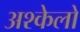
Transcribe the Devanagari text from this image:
अश्केलो